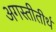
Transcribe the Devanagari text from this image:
अगस्तीतीर्थ